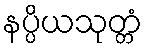
နပ္ပိယသုတ္တံ